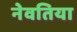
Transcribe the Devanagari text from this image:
नेवतिया